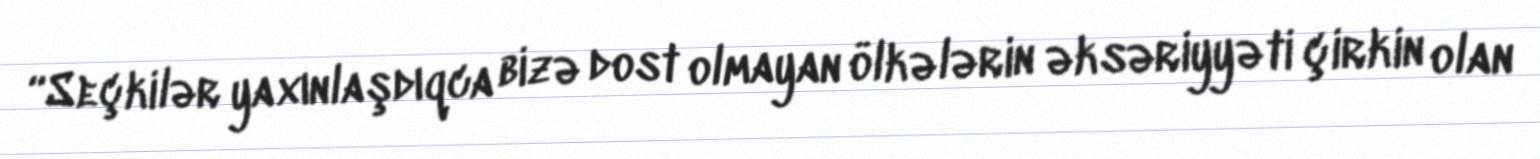
“Seçkilər yaxınlaşdıqca bizə dost olmayan ölkələrin əksəriyyəti çirkin olan